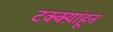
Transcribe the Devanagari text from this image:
टक्क्य़ांहून